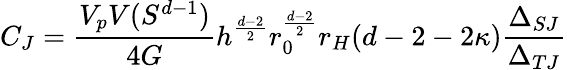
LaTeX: C_{J}=\frac{V_{p}V(S^{d-1})}{4G}h^{\frac{d-2}{2}}r_{0}^{\frac{d-2}{2}}r_{H}(d-2-2\kappa)\frac{\Delta_{SJ}}{\Delta_{TJ}}